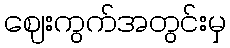
ဈေးကွက်အတွင်းမှ